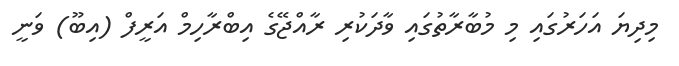
މިދިޔަ އަހަރުގައި މި މުބާރާތުގައި ވާދަކުރި ރާއްޖޭގެ އިބްރާހިމް އަރީފް (އިބޫ) ވަނީ